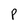
Character: p